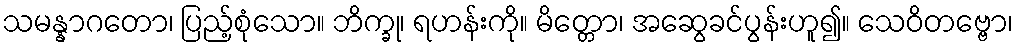
သမန္နာဂတော၊ ပြည့်စုံသော။ ဘိက္ခု၊ ရဟန်းကို။ မိတ္တော၊ အဆွေခင်ပွန်းဟူ၍။ သေဝိတဗ္ဗော၊